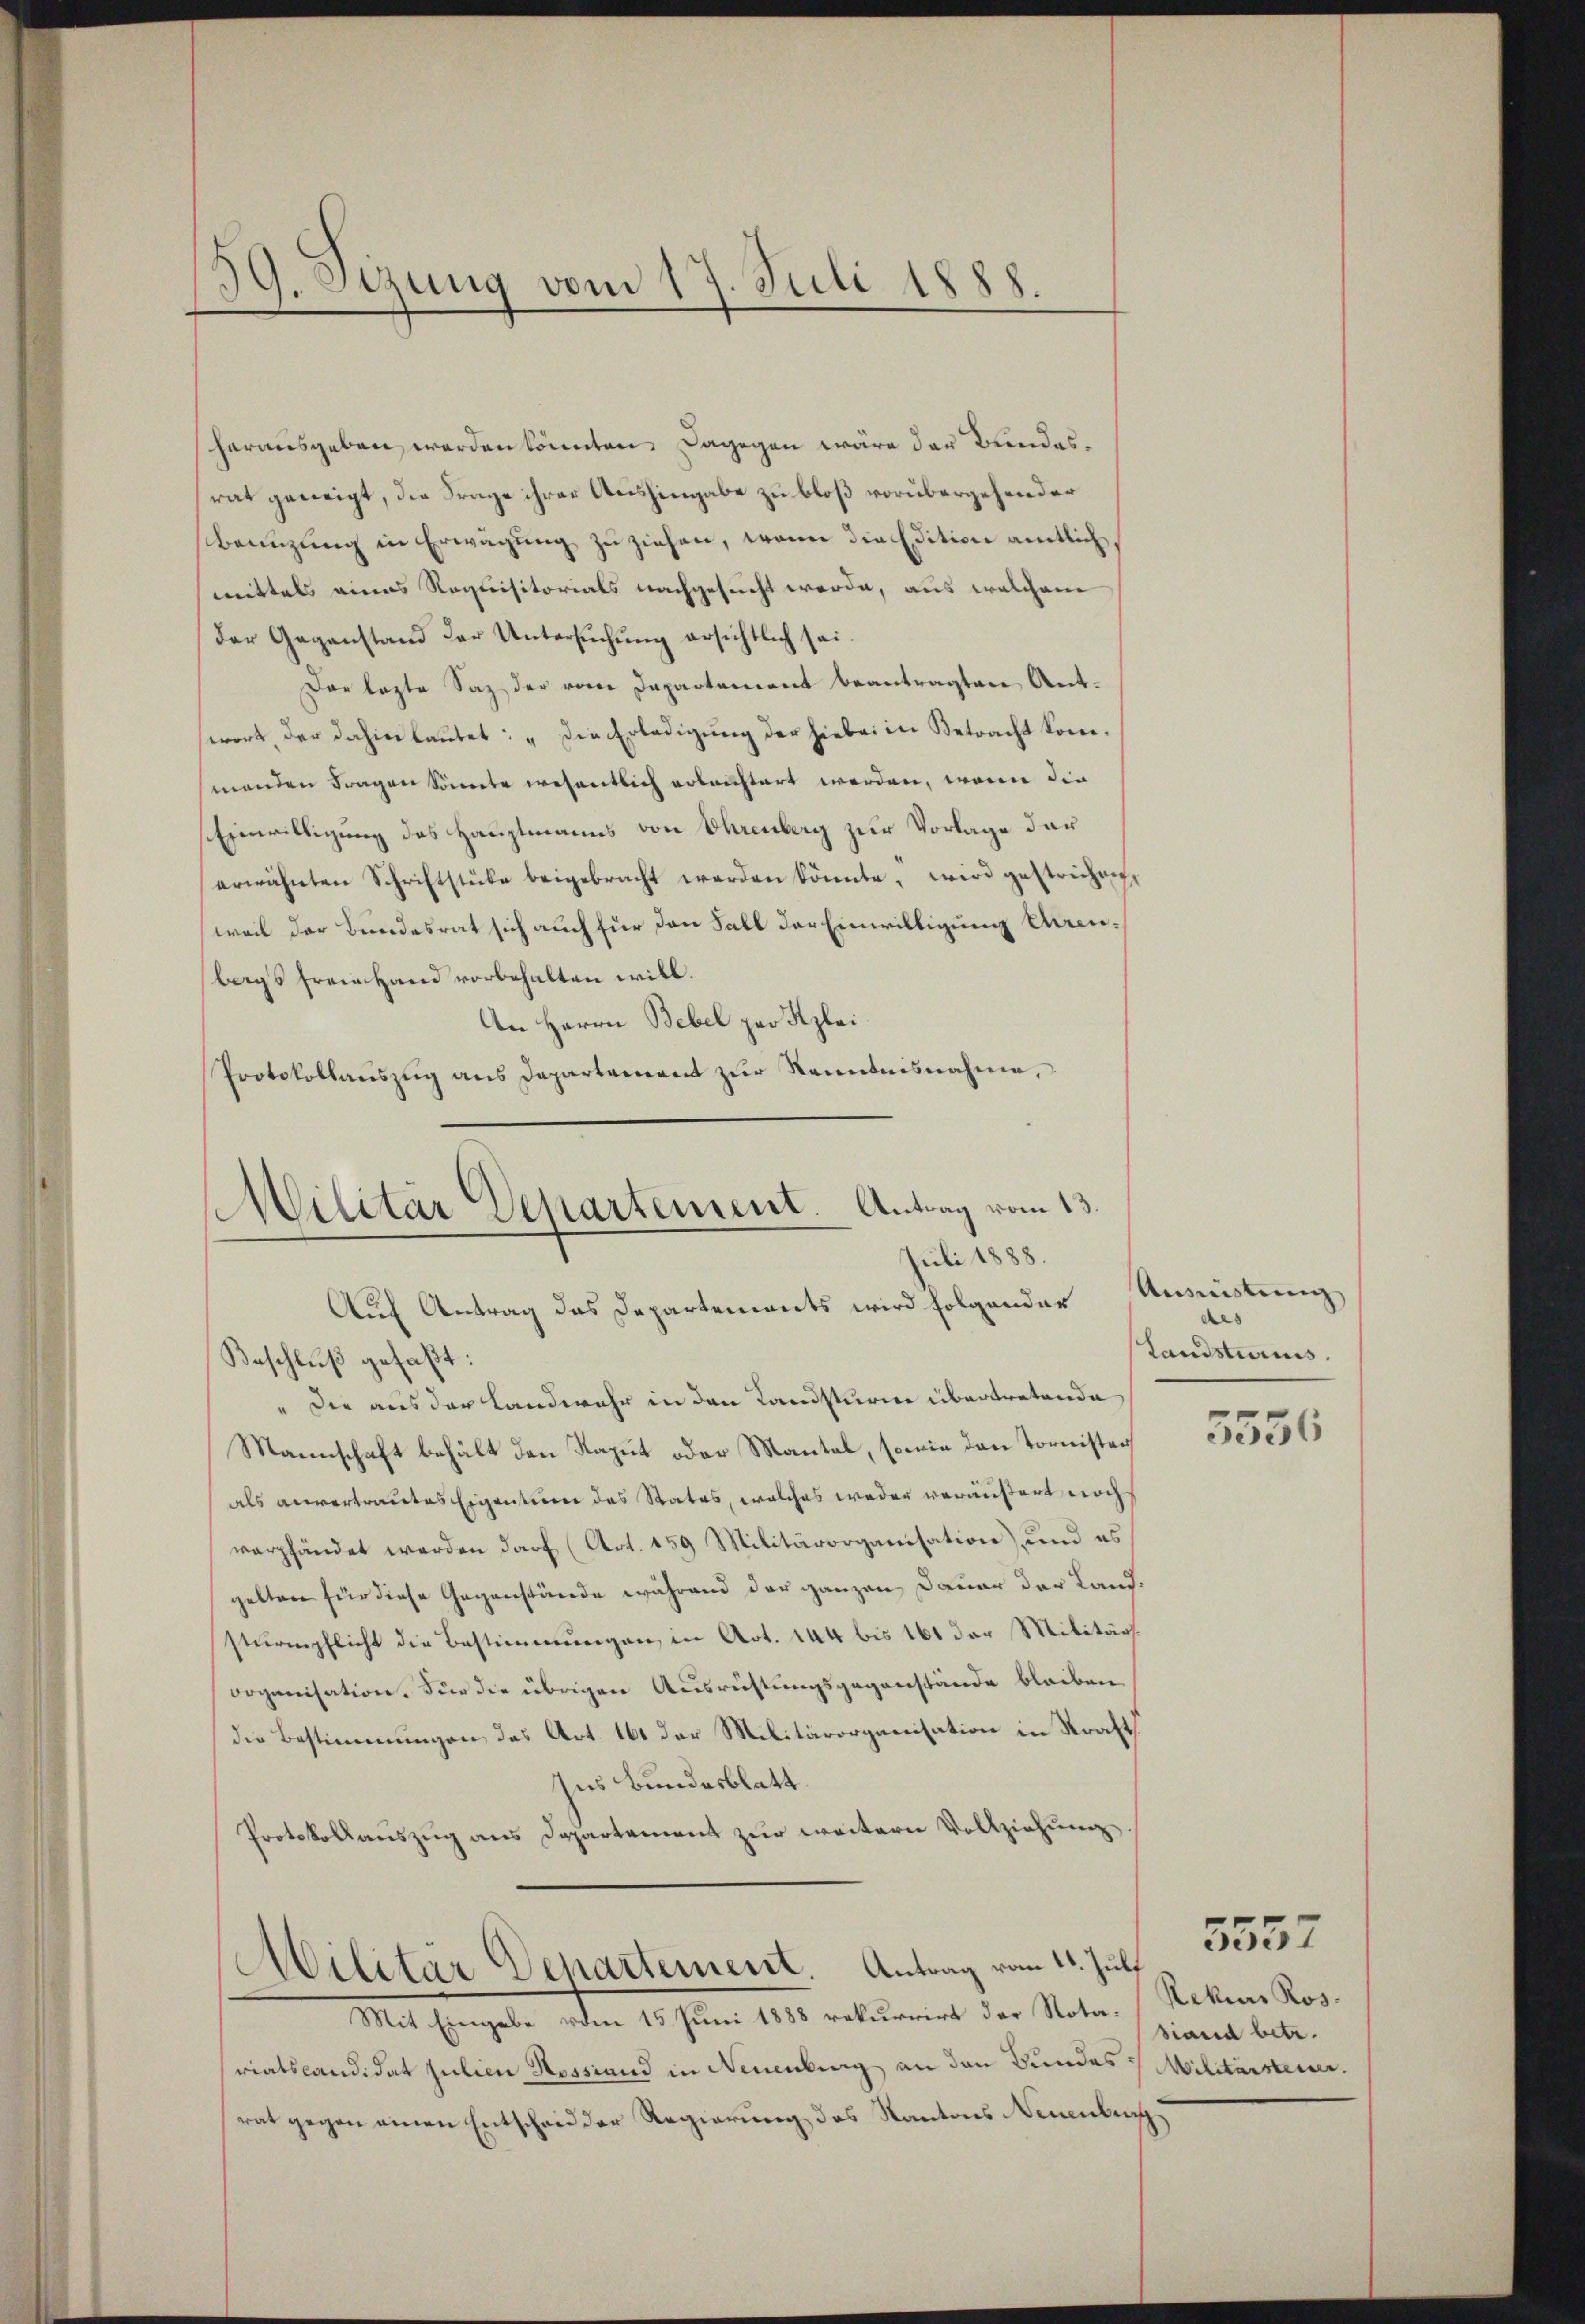
1. Otzung vom 17. Juli 1888.

herausgeben werden könnten. Dagegen wäre der Bundesrat geneigt, die Frage ihrer Aushingabe zu bloß vorübergehender
Bannzung in Erwägung zu ziehen, wenn die Edition amtlich
mittels eines Requisitorials nachgesucht werde, aus welchem
der Gegenstand der Untersŭchŭng ersichtlich sei.
Der lezte Saz der vom Departement beantragten Antwort, der dahin lautet: „Die Erledigung der hiebei in Betracht kommenden Fragen könnte wesentlich erleichtert werden, wenn die
Einwilligung des Hauptmanns von Ohrenberg zur Vorlage der
erwähnten Schriftstüke beigebracht werden könnte, wird gestrichen,
weil der Bundesrat sich auch für den Fall der Einwilligung errenbegs freie Hand vorbehalten will.
An Herrn Bebel zur Klei¬
Protokollauszug aus Departenannt zur Kenntnisnahme,

Auf Antrag das Departements wird folgender
Beschluß gefaßt:
" Die aus der Landwehr in den Landsturm übertretende
Mannschaft behält den Raput oder Mantel, sowie den Tornisten
als anvertrautes Eigentum des Rates, welches weder veräußert noch
verpfändet werden darf (Art. 159 Militärorganisation, und es
gelten für diese Gegenstände während der ganzen Dauer der Landsturmpflicht die Bestimmungen, in Art. 144 bis 161 der Militärs.
Doganisation. Für die übrigen Ausrüstungsgegenstände bleiben
die Bestimmungen, das Art. 161 der Militärorganisation in Straft
Ins Bundesblatt.
Protokollauszug aus Departement zur weitern Vollziehung
Militär Departement. Antrag vom 11. Juli
Mit Eingabe dem 10. Juni 1890 vollement der Vater Rebene Kor-
sriatscandidat Julien Nossiand in Neuenburg an den Bundes Militärsteuer.
rat gegen einen Entscheid der Regierung des Kantons Neuenburg

Militar Departement. Antrag vom 13.
Juli 1888.

Ausmietung
Landsturms.
5556

siand betr.

5557